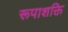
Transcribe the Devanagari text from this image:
रूपाशक्ति